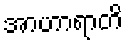
အာဟာရာတိ